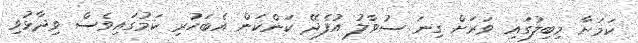
ކަމަށާ މިބިލުގައި ވަރަށް ގިނަ ސުވާލު އުފެދޭ ކަންކަން އެބަހުރި ކަމުގައިވެސް ވިދާޅުވި